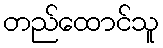
တည်ထောင်သူ